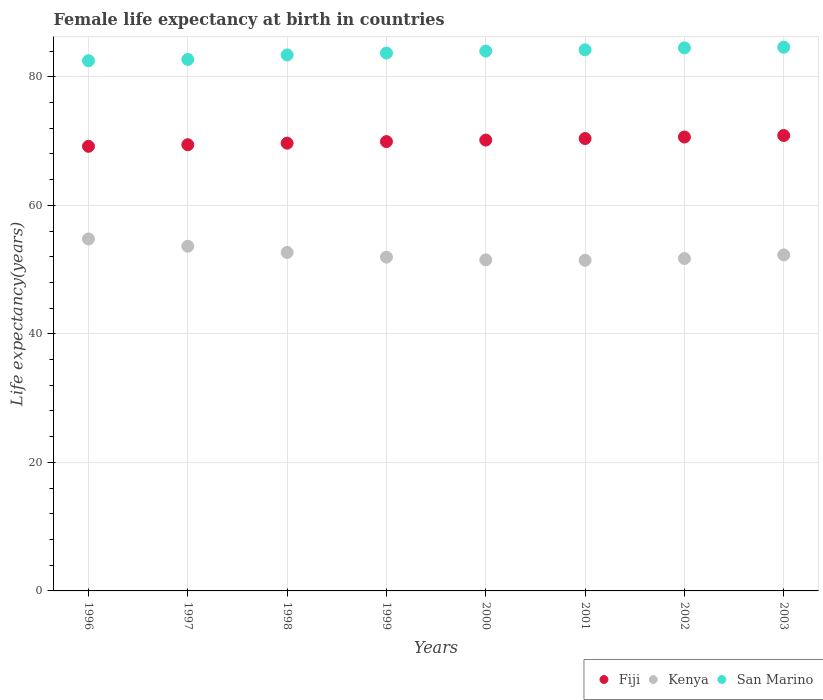
| Years | Fiji | Kenya | San Marino |
 | --- | --- | --- | --- |
 | 1996 | 69.2 | 54.8 | 82.5 |
 | 1997 | 69.4 | 53.6 | 82.7 |
 | 1998 | 69.7 | 52.7 | 83.4 |
 | 1999 | 69.9 | 51.9 | 83.7 |
 | 2000 | 70.2 | 51.5 | 84 |
 | 2001 | 70.4 | 51.4 | 84.2 |
 | 2002 | 70.6 | 51.7 | 84.5 |
 | 2003 | 70.9 | 52.3 | 84.6 |